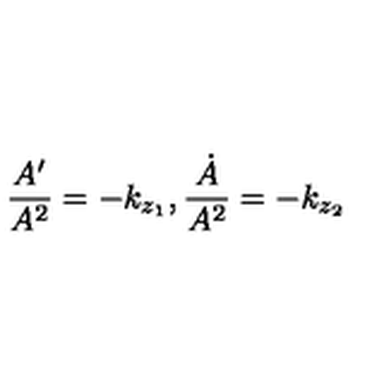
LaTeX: \frac { A ^ { \prime } } { A ^ { 2 } } = - k _ { z _ { 1 } } , \frac { \dot { A } } { A ^ { 2 } } = - k _ { z _ { 2 } }